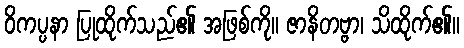
ဝိကပ္ပနာ ပြုထိုက်သည်၏ အဖြစ်ကို။ ဇာနိတဗ္ဗာ၊ သိထိုက်၏။